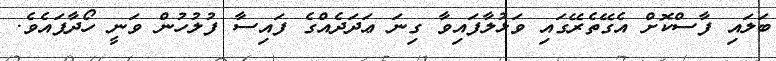
ބަލައި ފާސްކޮށް އެގޭތެރޭގައި ވަޅުލާފައިވާ ގިނަ ޢަދަދެއްގެ ފައިސާ ފުލުހުން ވަނީ ހޯދާފައެވެ.